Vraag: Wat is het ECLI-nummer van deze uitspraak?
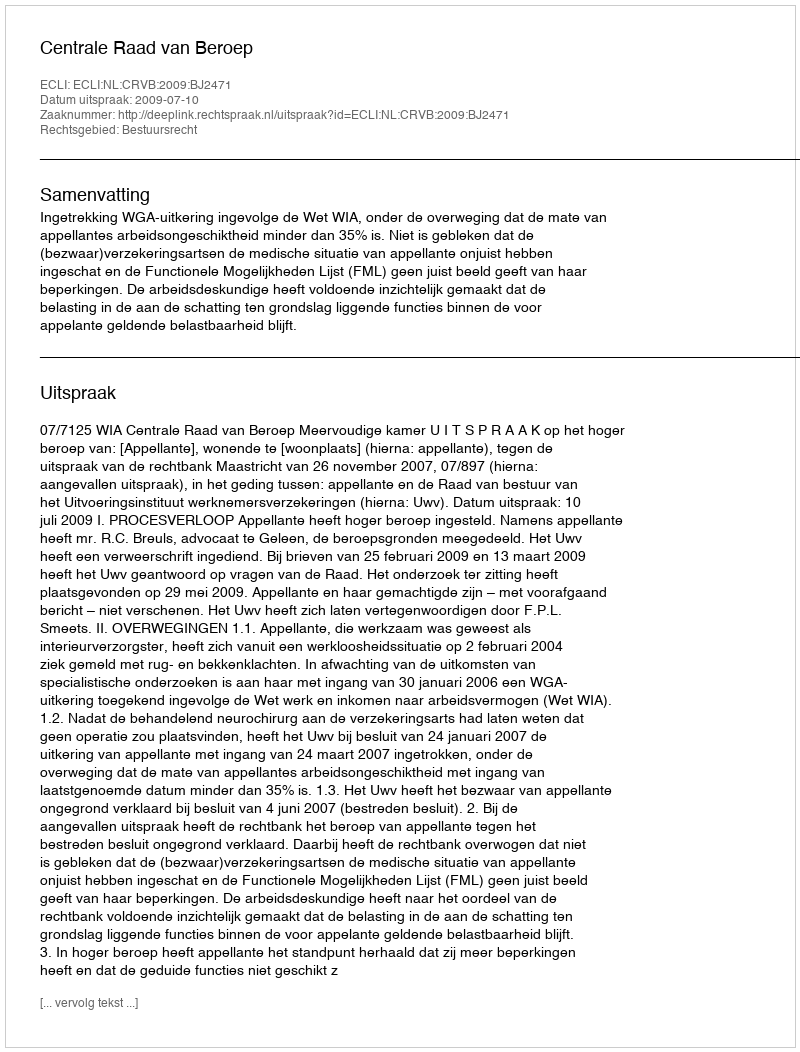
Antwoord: ECLI:NL:CRVB:2009:BJ2471